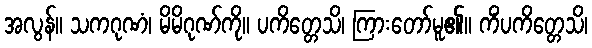
အလွန်။ သကဂုဏံ၊ မိမိဂုဏ်ကို။ ပကိတ္တေသိ၊ ကြားတော်မူ၏။ ကိံပကိတ္တေသိ၊